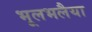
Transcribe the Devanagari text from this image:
भूलभलैया